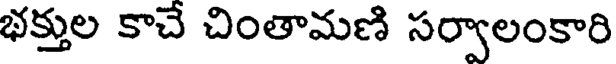
భక్తుల కాచే చింతామణి సర్వాలంకారి